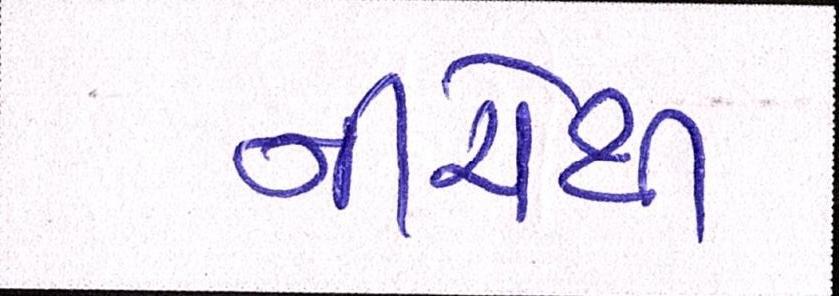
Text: નીચેથી